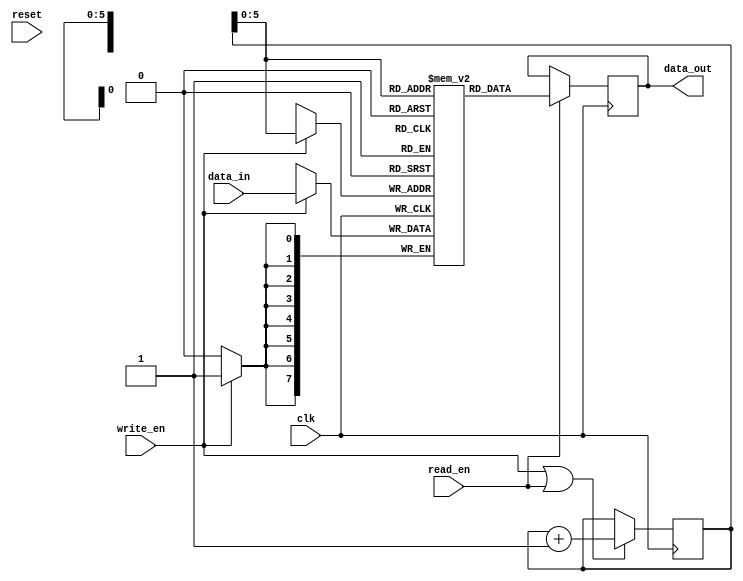
module PCM_Memory(
    input wire clk,
    input wire reset,
    input wire write_en,
    input wire read_en,
    input wire [7:0] data_in,
    output reg [7:0] data_out
);

// Parameters
parameter DATA_WIDTH = 8;
parameter MEM_DEPTH = 64;

// Internal signals
reg [DATA_WIDTH-1:0] memory [MEM_DEPTH-1:0];
reg [6:0] address_reg;

// Memory read operation
always @(posedge clk) begin
    if(read_en) begin
        data_out <= memory[address_reg];
    end
end

// Memory write operation
always @(posedge clk) begin
    if(write_en) begin
        memory[address_reg] <= data_in;
    end
end

// Address incrementer
always @(posedge clk) begin
    if(write_en || read_en) begin
        address_reg <= address_reg + 1;
    end
end

endmodule